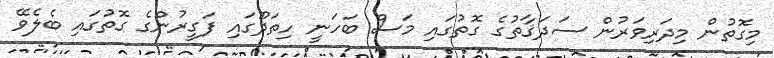
މިގަޮތުން މިދަރިވަރުން ސަދަޤާތުގެ ގޮތުގައި މަސް ބަހަނީ ހިތަދޫގައި ފަގީރުންގެ ގޮތުގައި ބެލެވޭ